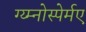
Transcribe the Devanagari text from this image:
ग्य्म्नोस्पेर्मए